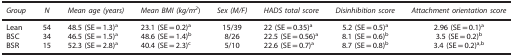
<table><thead><tr><td><b><i>Group</i></b></td><td><b><i>N</i></b></td><td><b><i>Mean age (years)</i></b></td><td><b><i>Mean BMI (kg/m</i><sup><i>2</i></sup>)</b></td><td><b><i>Sex (M/F)</i></b></td><td><b><i>HADS total score</i></b></td><td><b><i>Disinhibition score</i></b></td><td><b><i>Attachment orientation score</i></b></td></tr></thead><tbody><tr><td>Lean</td><td>54</td><td>48.5 (SE=1.3)<sup>a</sup></td><td>23.1 (SE=0.2)<sup>a</sup></td><td>15/39</td><td>22 (SE=0.35)<sup>a</sup></td><td>5.2 (SE=0.5)<sup>a</sup></td><td>2.96 (SE=0.1)<sup>a</sup></td></tr><tr><td>BSC</td><td>34</td><td>46.5 (SE=1.5)<sup>a</sup></td><td>48.6 (SE=1.4)<sup>b</sup></td><td>8/26</td><td>22.5 (SE=0.56)<sup>a</sup></td><td>8.1 (SE=0.6)<sup>b</sup></td><td>3.5 (SE=0.2)<sup>b</sup></td></tr><tr><td>BSR</td><td>15</td><td>52.3 (SE=2.8)<sup>a</sup></td><td>40.4 (SE=2.3)<sup>c</sup></td><td>5/10</td><td>22.6 (SE=0.7)<sup>a</sup></td><td>8.7 (SE=0.8)<sup>b</sup></td><td>3.4 (SE=0.2)<sup>a,b</sup></td></tr></tbody></table>